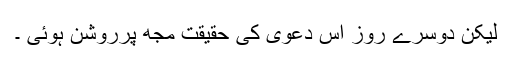
لیکن دوسرے روز اس دعویٰ کی حقیقت مجھ پرروشن ہوئی ۔